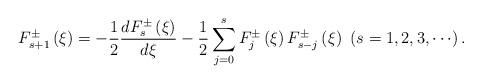
LaTeX: \begin{align*}{F_{s+1}^{\pm }}\left( \xi \right) =-{\dfrac{1}{2}}\frac{d{F_{s}^{\pm }}\left( \xi \right) }{d\xi }-{\dfrac{1}{2}}\sum\limits_{j=0}^{s}{F_{j}^{\pm}\left( \xi \right) F_{s-j}^{\pm }\left( \xi \right) }\ \left( {s=1,2,3,\cdots }\right) . \end{align*}